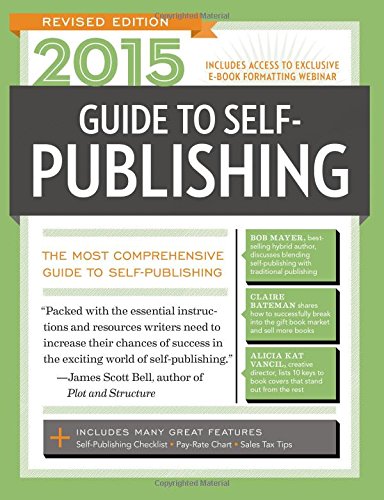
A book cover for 2015 Guide to Self-Publishing, Revised Edition: The Most Comprehensive Guide to Self-Publishing; Reference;